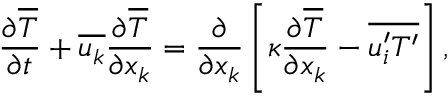
\frac { \partial { \overline { { T } } } } { \partial { t } } + \overline { { u _ { k } } } \frac { \partial { \overline { { T } } } } { \partial { x _ { k } } } = \frac { \partial } { \partial { x } _ { k } } \left[ \kappa \frac { \partial { \overline { { T } } } } { \partial { x } _ { k } } - \overline { { { u _ { i } ^ { \prime } } { T ^ { \prime } } } } \right] ,